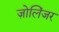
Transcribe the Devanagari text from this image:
ज़ोलिंजर